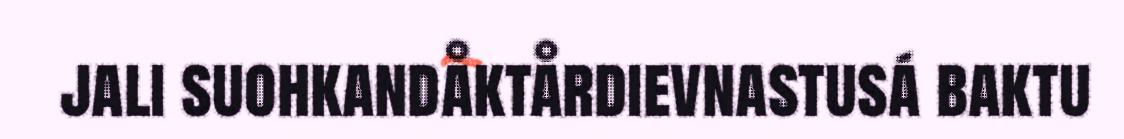
jali suohkandåktårdievnastusá baktu